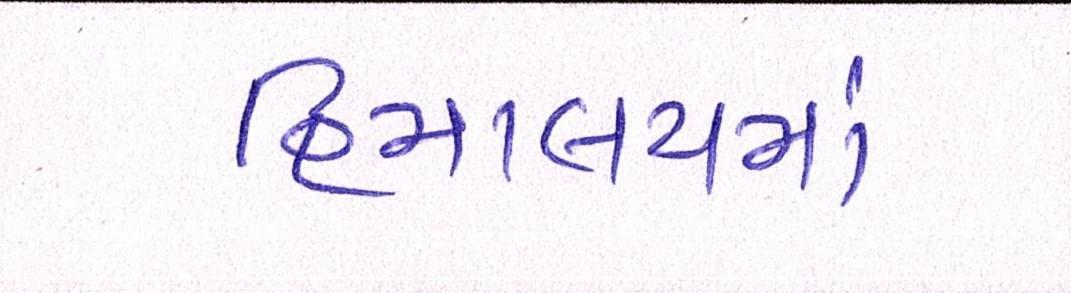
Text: હિમાલયમાં